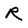
Character: R